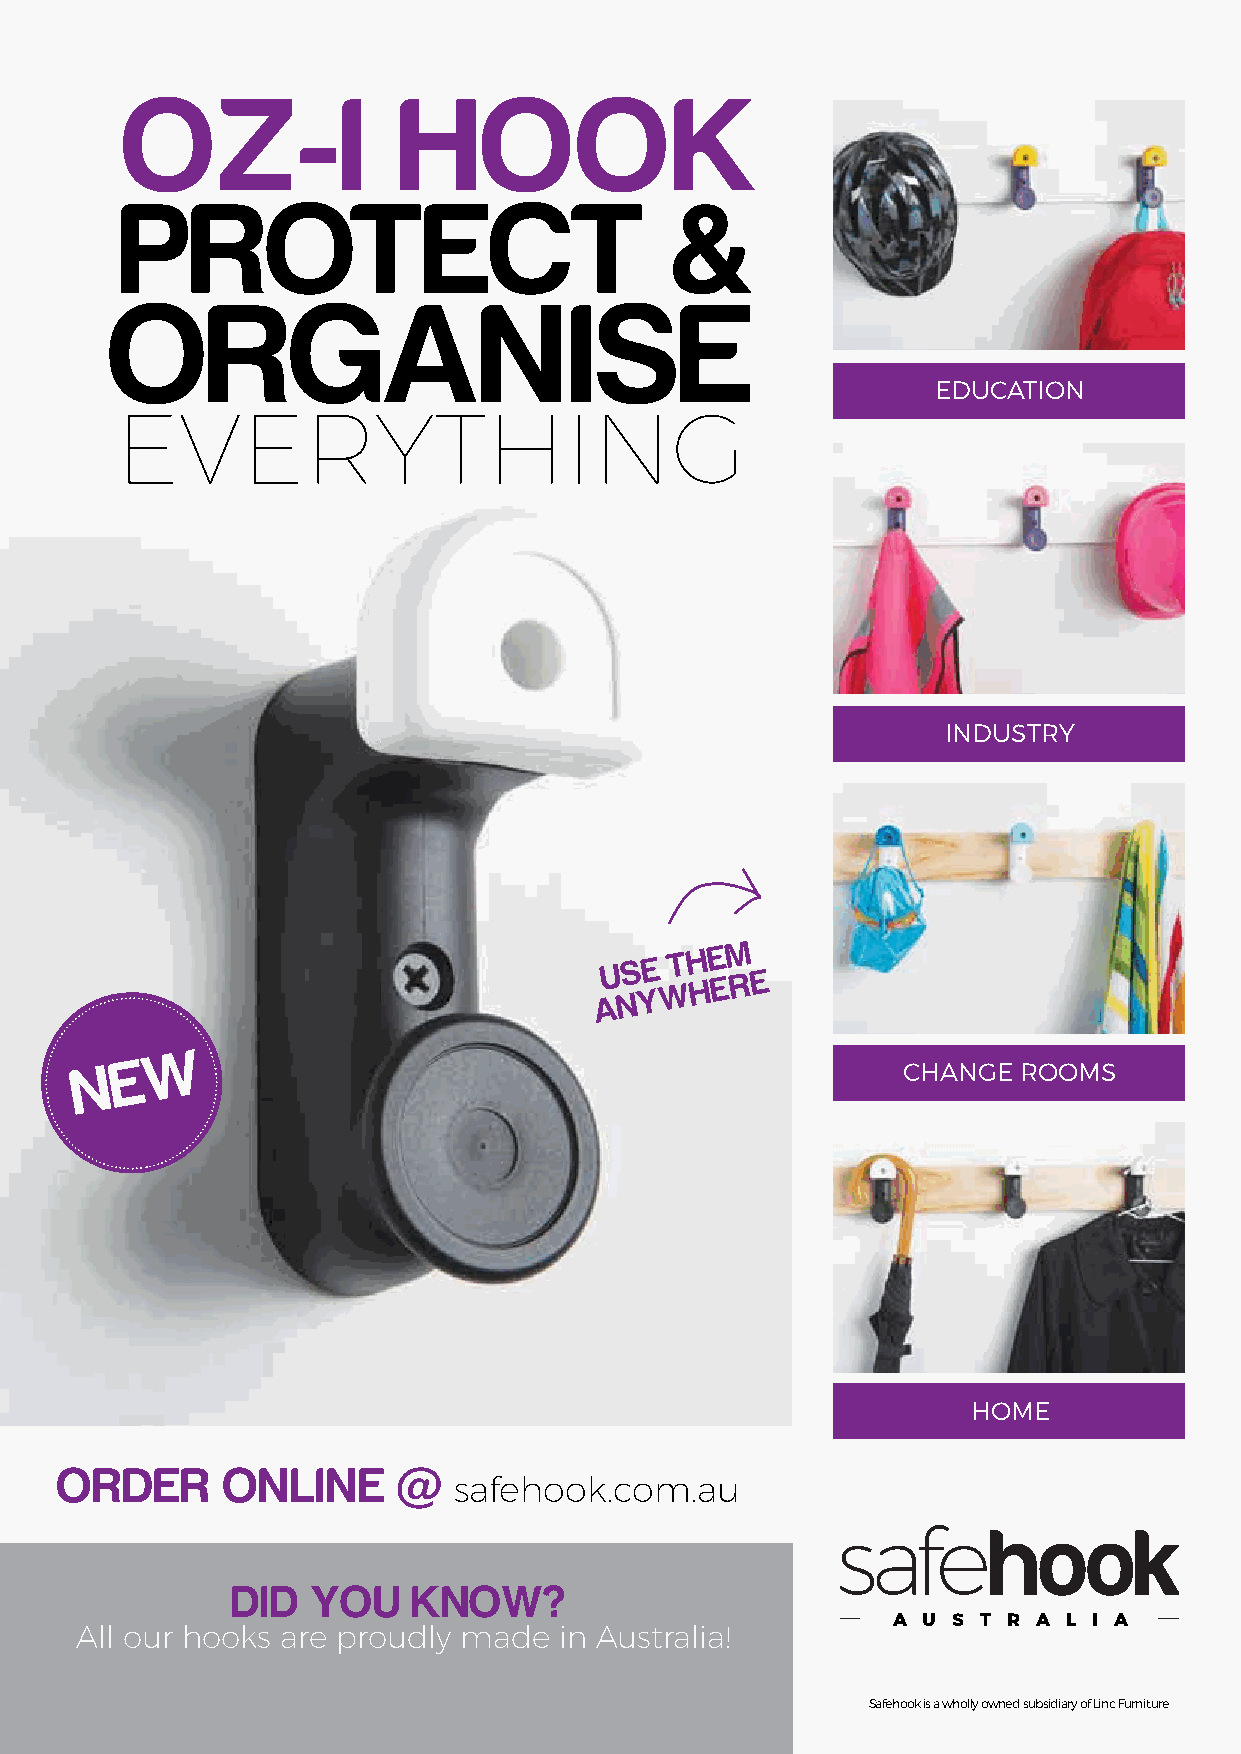
OZ-I              HOOK
 PROTECT                              &
 ORGANISE
 EDUCATION
 EVERYTHING
 INDUSTRY
 AU NS YE
 W
 TH HE EM
 R E
 W
 N  E                                                   CHANGE ROOMS
 HOME
 ORDER      ONLINE     @
 safehook.com.au
 safehook
 DID   YOU   KNOW?
 A U S T R A L I A
 All our hooks are proudly made  in Australia!
 Safehook is a wholly owned subsidiary of Linc Furniture